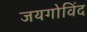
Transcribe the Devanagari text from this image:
जयगोविंद